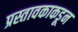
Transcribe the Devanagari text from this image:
प्रस्तावकाकडून